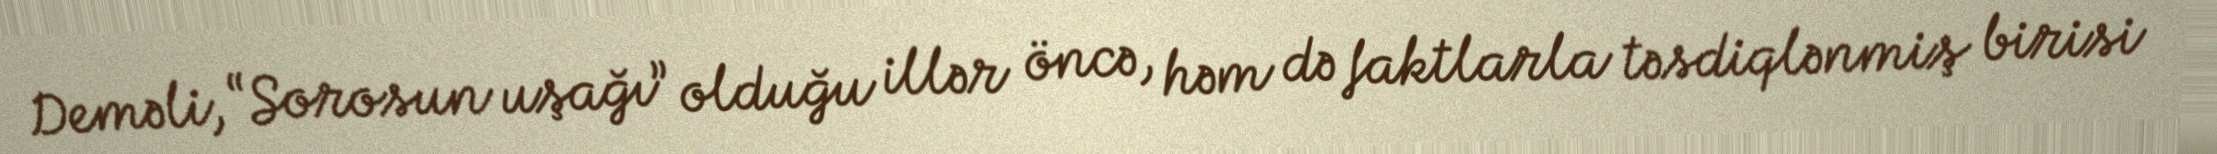
Deməli, “Sorosun uşağı” olduğu illər öncə, həm də faktlarla təsdiqlənmiş birisi